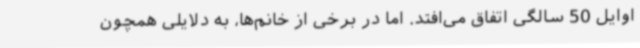
اوایل 50 سالگی اتفاق می‌افتد. اما در برخی از خانم‌ها، به دلایلی همچون